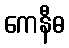
ကေနီဓ